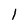
Character: 1